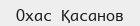
Охас Қасанов